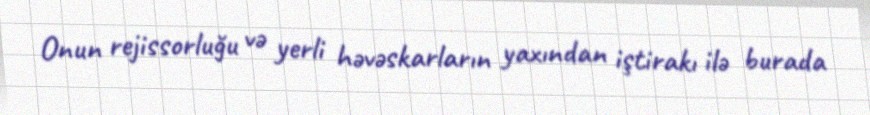
Onun rejissorluğu və yerli həvəskarların yaxından iştirakı ilə burada